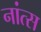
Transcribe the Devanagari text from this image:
नांत्स